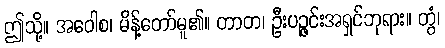
ဤသို့။ အဝေါစ၊ မိန့်တော်မူ၏။ တာတ၊ ဦးပဉ္ဇင်းအရှင်ဘုရား။ တွံ၊